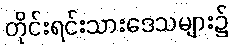
တိုင်းရင်းသားဒေသများ၌